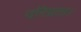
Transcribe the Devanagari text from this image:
दरिद्रता।